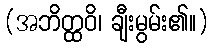
(အဘိတ္ထဝိ၊ ချီးမွမ်း၏။)